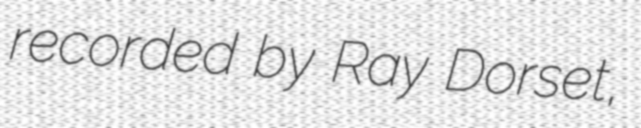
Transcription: recorded by Ray Dorset,